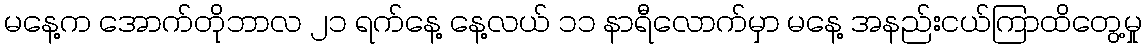
မနေ့က အောက်တိုဘာလ ၂၁ ရက်နေ့ နေ့လယ် ၁၁ နာရီလောက်မှာ မနေ့ အနည်းငယ်ကြာထိတွေ့မှု